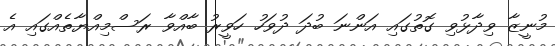
މުނީޒާ ވިދާޅުވި ގޮތުގައި އަންނަ ބުދަ ދުވަހު ހަވީރު ބާއްވާ ރަސްމިއްޔާތެއްގައި އެ